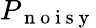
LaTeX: P_{\mathrm{~n~o~i~s~y~}}